Annual report on the Civil Veterinary Department, Burma (including the Insein Veterinary School) - 1923-1931
Year: 1923
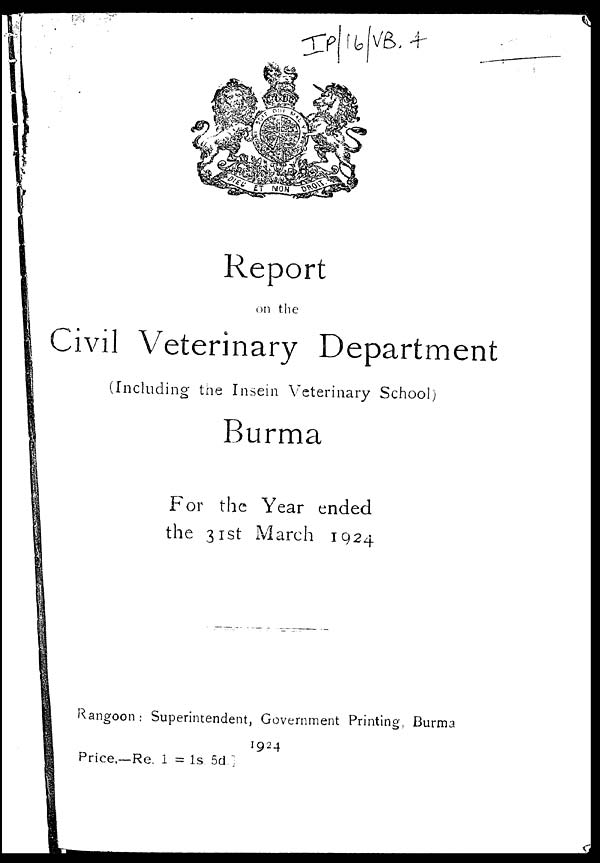
Report
on the
Civil Veterinary Department
(Including the Insein Veterinary School)
Burma
the Year ended
1st March 1924
Rangoon : Superintendent, Government Printing, Burma
1924
Price.—Re. 1 = 1s 5d